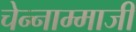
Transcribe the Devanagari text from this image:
चेन्‍नाम्‍माजी